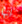
انها